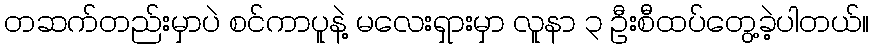
တဆက်တည်းမှာပဲ စင်ကာပူနဲ့ မလေးရှားမှာ လူနာ ၃ ဦးစီထပ်တွေ့ခဲ့ပါတယ်။